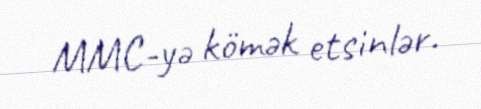
MMC-yə kömək etsinlər.